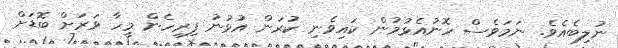
ނުލިބެއެވެ. ނަމަވެސް ހޮނުއެޅުމުން ކައިވެނި ކުރަން އުޅުނު ފިރިހެން މީހާ ވަރަށް ބޮޑަށް